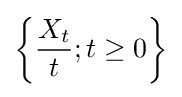
\left\{{\frac {X_{t}}{t}};t\geq 0\right\}